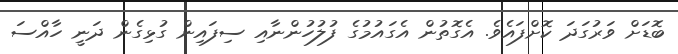
ބޮޑަށް ވަރުގަދަ ކޮށްފައެވެ. އެގޮތުން އެގައުމުގެ ފުލުހުންނާއި ސިފައިން ގުޅިގެން ދަނީ ހާއްސަ